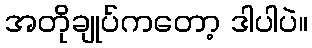
အတိုချုပ်ကတော့ ဒါပါပဲ။